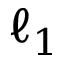
\ell _ { 1 }